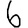
Digit: 6